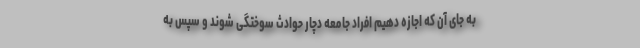
به جای آن که اجازه دهیم افراد جامعه دچار حوادث سوختگی شوند و سپس به